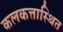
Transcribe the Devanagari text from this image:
कलकत्तास्थित